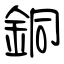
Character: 銅